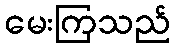
မေးကြသည်